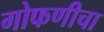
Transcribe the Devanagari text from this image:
गोफणीचा